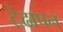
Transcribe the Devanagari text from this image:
ट़ेढापन